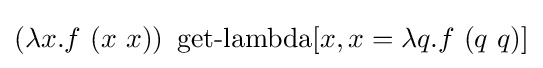
(\lambda x.f\ (x\ x))\ \operatorname {get-lambda} [x,x=\lambda q.f\ (q\ q)]